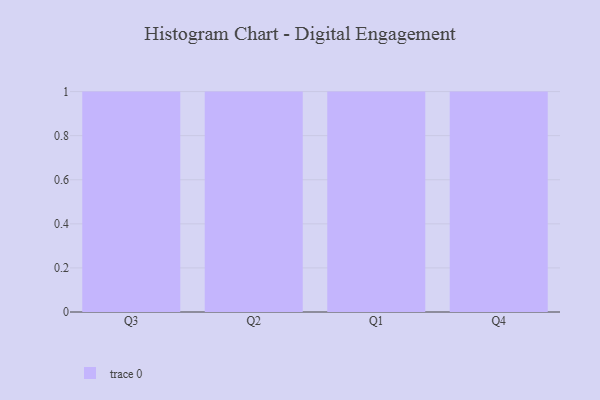
{"axis": {"x": "Quarter", "y": "Churn Rate (%)"}, "legend": [""], "data": [{"x": "Q3", "y": 14, "type": ""}, {"x": "Q2", "y": 53, "type": ""}, {"x": "Q1", "y": 28, "type": ""}, {"x": "Q4", "y": 57, "type": ""}]}